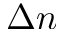
\Delta n